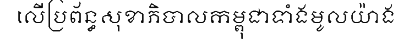
លើប្រព័ន្ធសុខាភិបាលកម្ពុជាទាំងមូលយ៉ាង